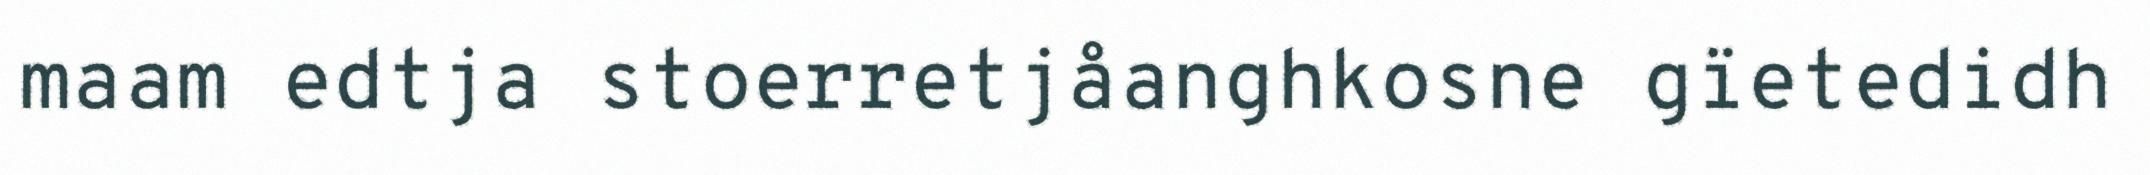
maam edtja stoerretjåanghkosne gïetedidh